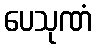
ပေသုဏံ